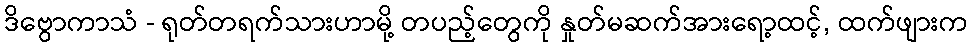
ဒိဗွောကာသံ - ရုတ်တရက်သားဟာမို့ တပည့်တွေကို နှုတ်မဆက်အားရော့ထင့်, ထက်ဖျားက